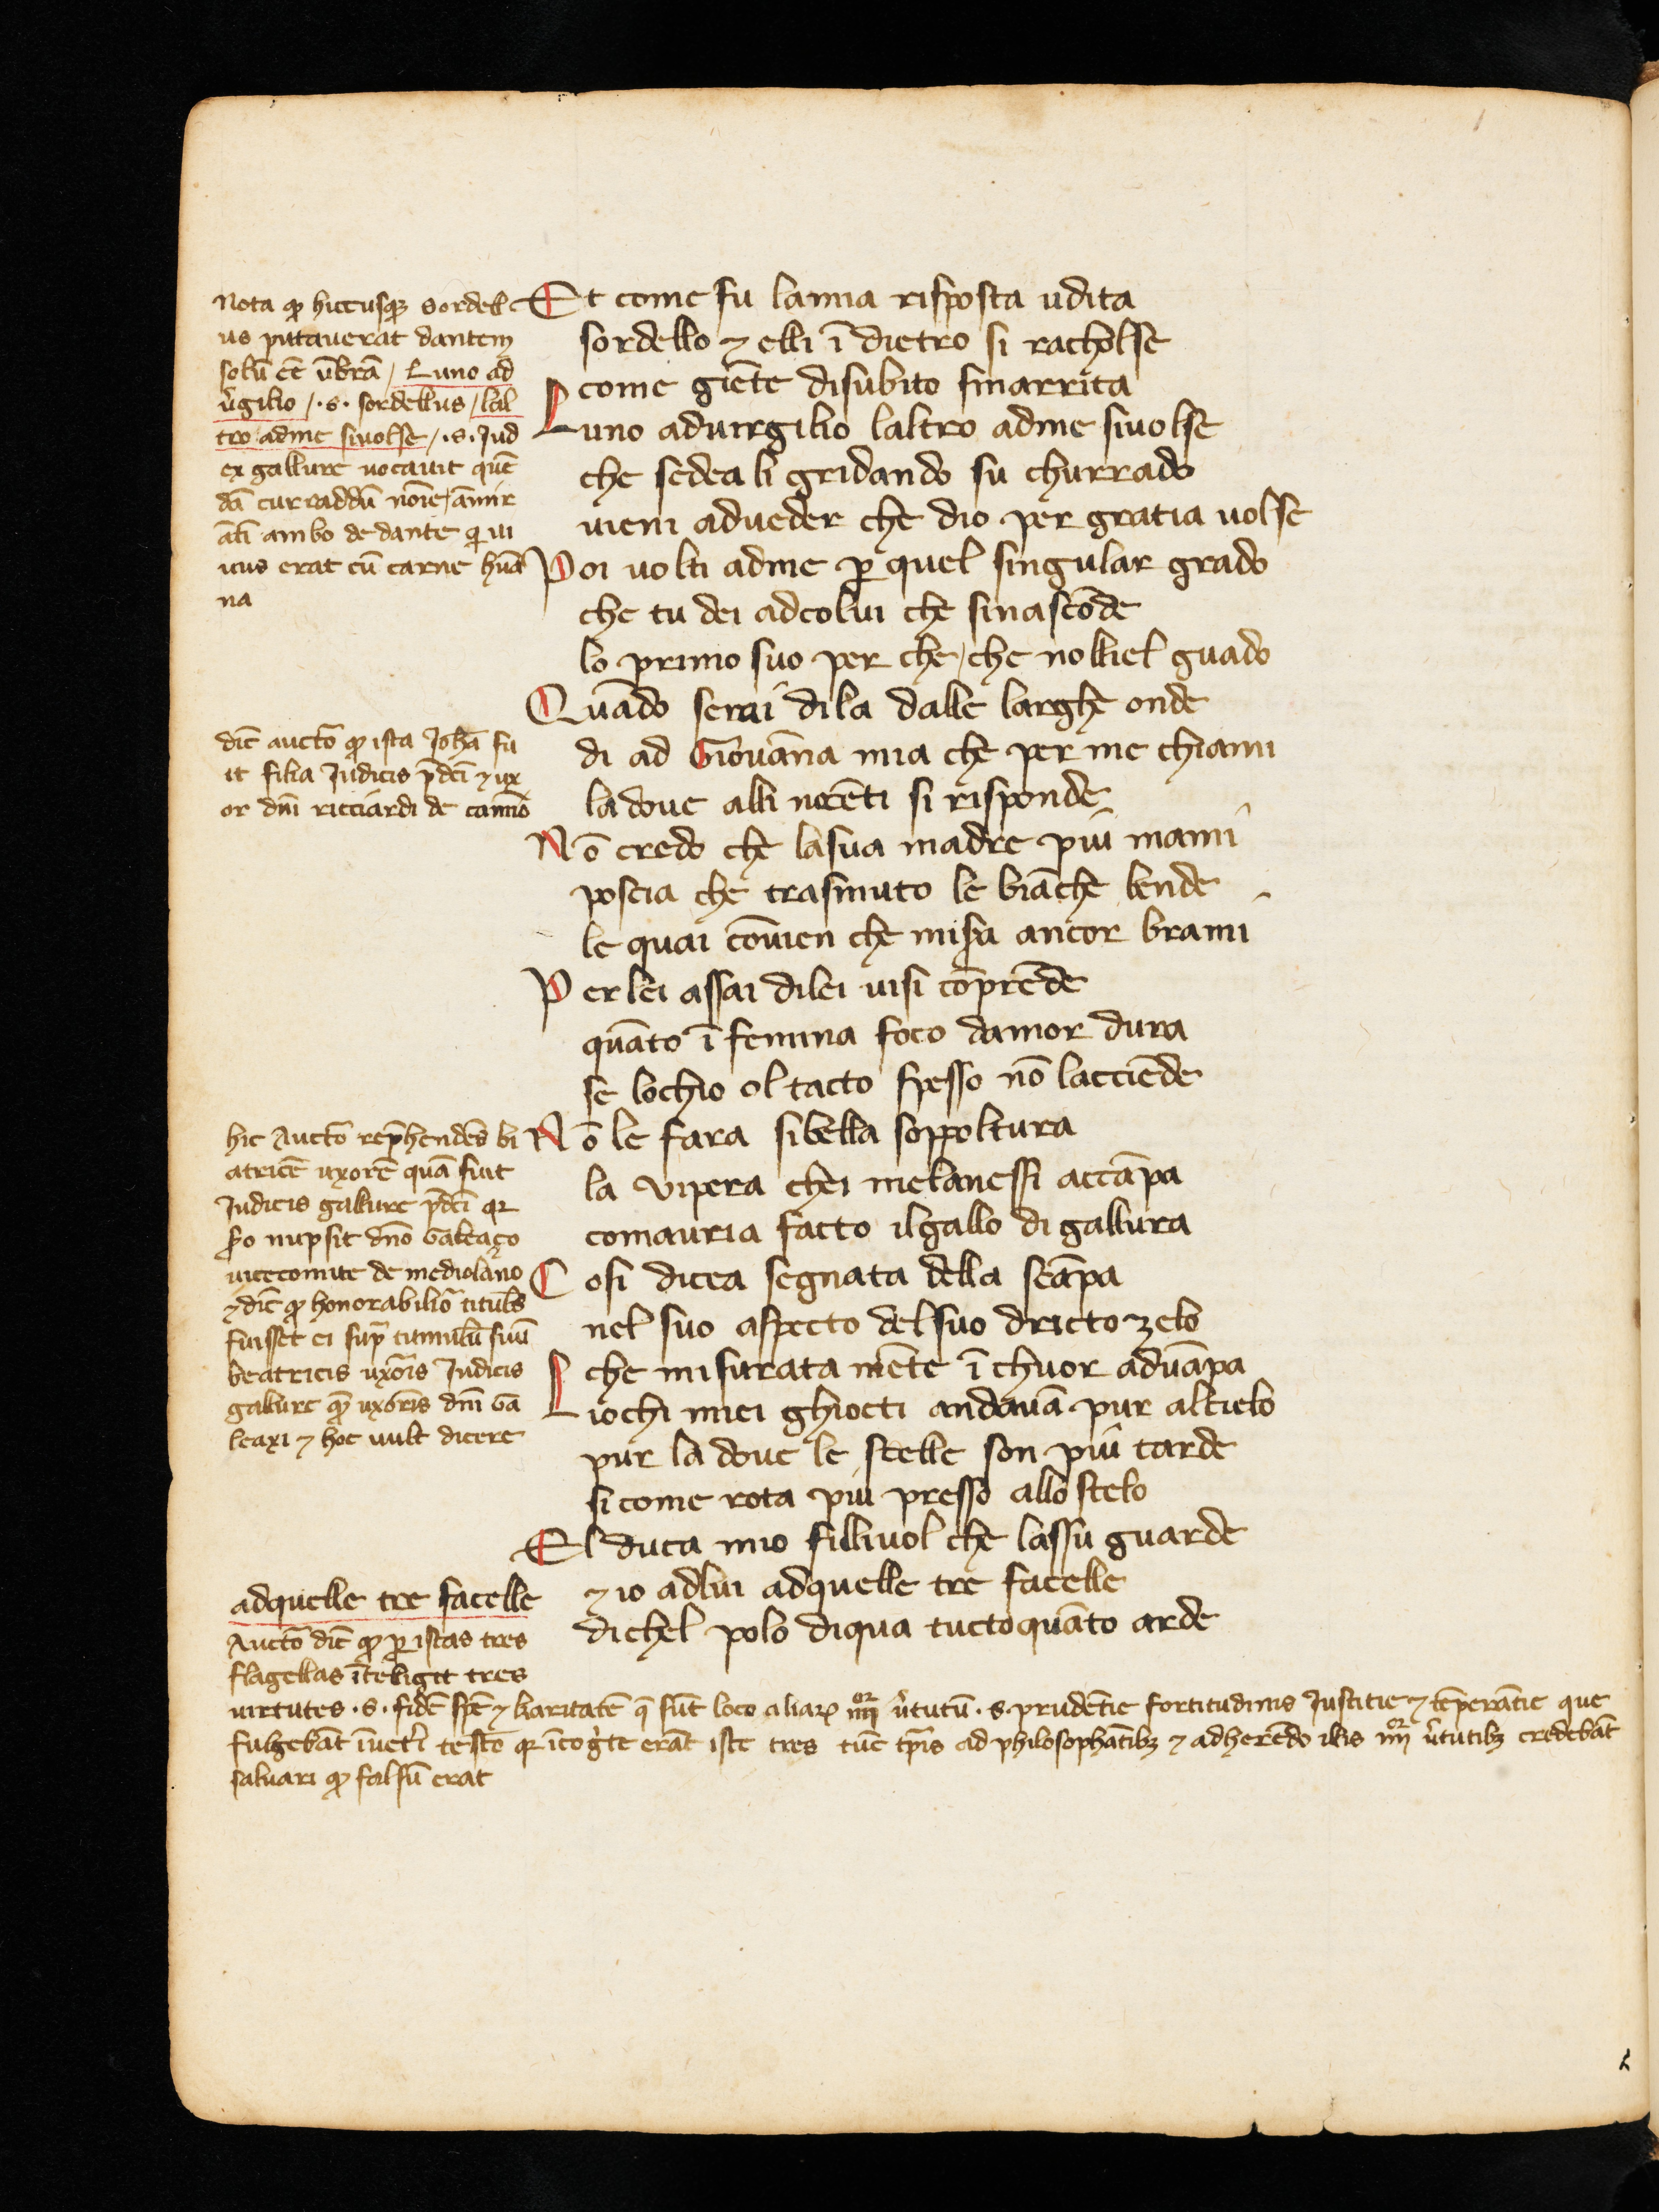
Shelfmark: Cologny-Geneve, Fondation Martin Bodmer, Cod. Bodmer 55
Century: 14